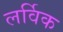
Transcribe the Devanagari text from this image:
लर्विक